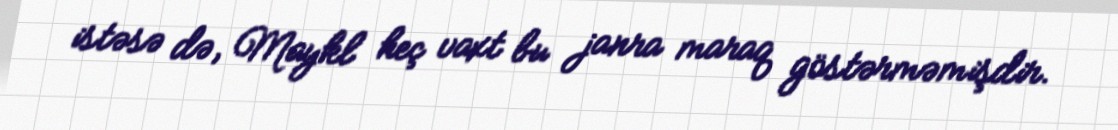
istəsə də, Maykl heç vaxt bu janra maraq göstərməmişdir.